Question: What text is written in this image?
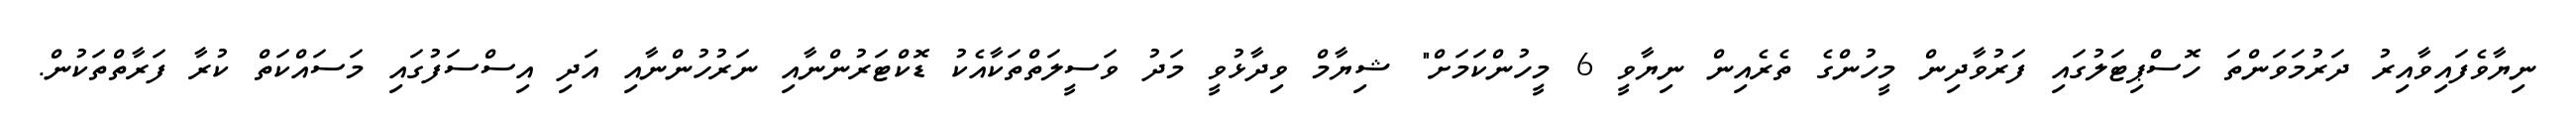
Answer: ނިޔާވެފައިވާއިރު ދަރުމަވަންތަ ހޮސްޕިޓަލުގައި ފަރުވާދިން މީހުންގެ ތެރެއިން ނިޔާވީ 6 މީހުންކަމަށް" ޝިޔާމް ވިދާޅުވީ މަދު ވަސީލަތްތަކާއެކު ޑޮކްޓަރުންނާއި ނަރުހުންނާއި އަދި އިސްސަފުގައި މަސައްކަތް ކުރާ ފަރާތްތަކުން.